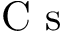
\textrm { C s }